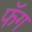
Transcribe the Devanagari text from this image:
फॅग